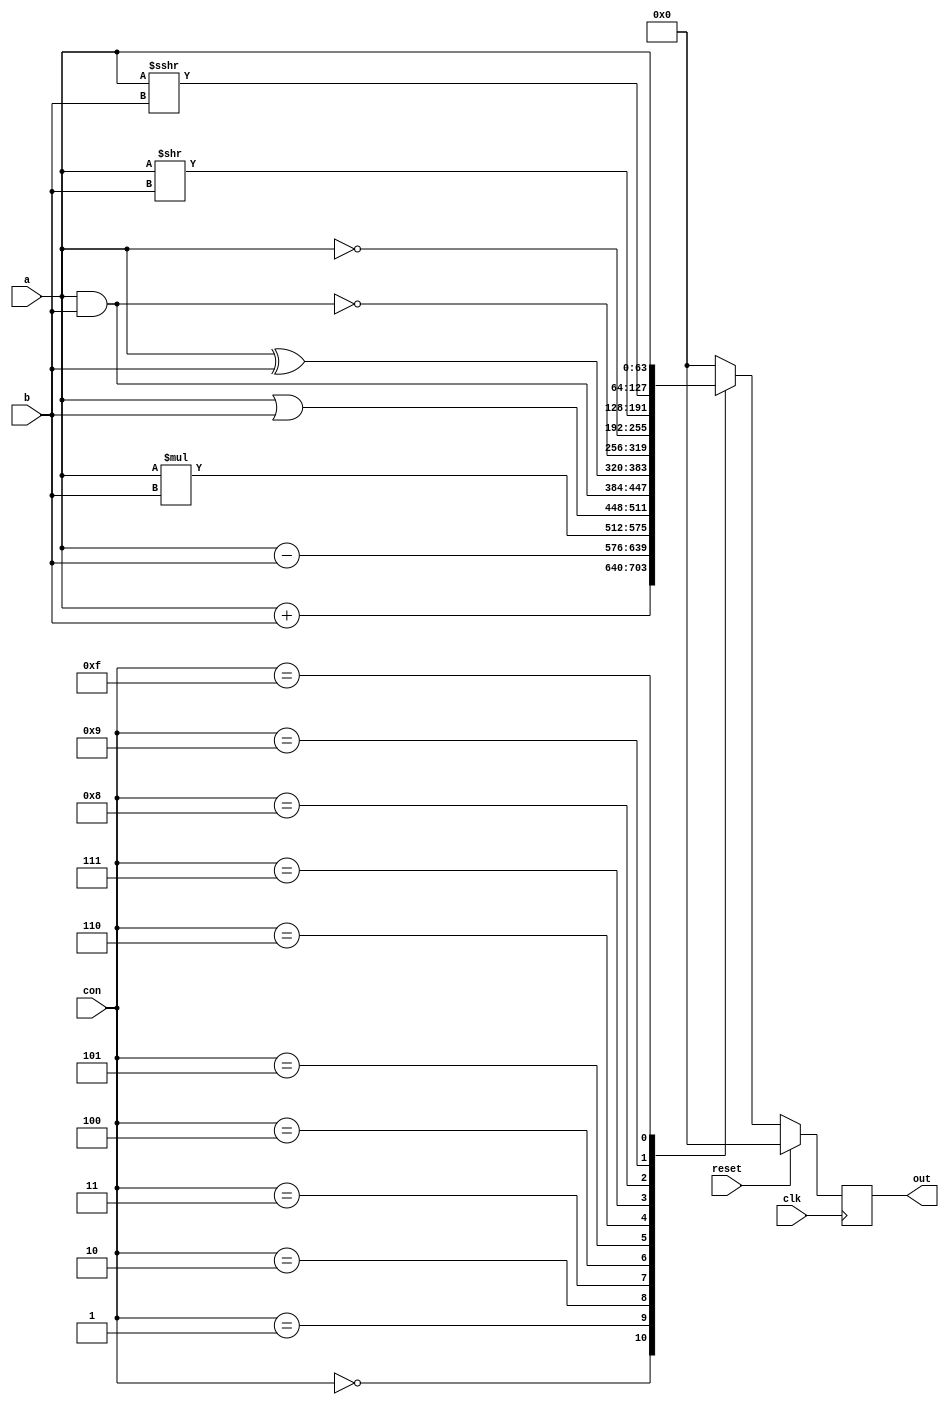
`timescale 1ns / 1ps
//////////////////////////////////////////////////////////////////////////////////
// Company: 
// Engineer: 
// 
// Design Name: 
// Module Name: ALU
// Project Name: 
// Target Devices: 
// Tool Versions: 
// Description: 
// 
// Dependencies: 
// 
// Revision:
// Revision 0.01 - File Created
// Additional Comments:
// 
//////////////////////////////////////////////////////////////////////////////////


module ALU(input [63:0]a, input [63:0]b,
    input [3:0]con,input clk,input reset, output reg [63:0] out
    );
    always@(posedge clk)begin
        if(!reset) begin
        case(con)
            4'b0000:                    //add
                begin
                out <= a + b;
                end            
            4'b0001:                    //sub
                begin
                out <= a - b;
                end
            4'b0010:                    //mul
                begin
                out <= a * b;
                end
            4'b0011:                    //or
                begin
                out <= a | b;
                end
            4'b0100:                    //and
                begin
                out <= a & b;
                end     
            4'b0101:                    //xor
                begin
                out <= a ^ b;
                end
            4'b0110:                    //nand
                begin
                out <= ~(a & b);
                end
            4'b0111:                    //not
                begin
                out <= ~a;
                end
            4'b1000:                    //srl
                begin
                out <= a >> b;
                end
            4'b1001:                    //sra
                begin
                out <= a >>> b;
                end
            4'b1111:                    //return a
                begin
                out <= a;
                end
            default:                    //default
                begin
                out <= 64'b0;
                end
        endcase
        end
        else begin out <= 64'b0; end
    end
endmodule